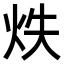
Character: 𭴓